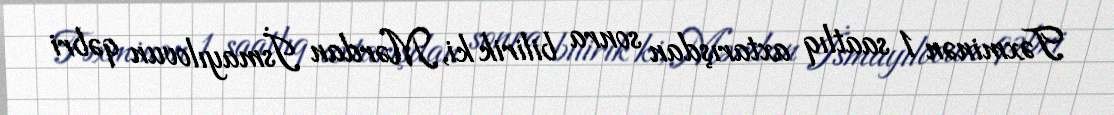
Təxminən 1 saatlıq axtarışdan sonra bilirik ki, Mərdan İsmayılovun qəbri